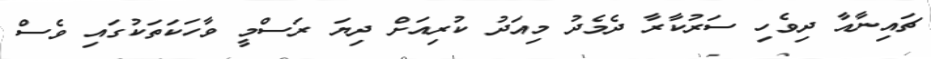
ޗައިނާއާ ދިވެހި ސަރުކާރާ ދެމެދު މިއަދު ކުރިއަށް ދިޔަ ރަސްމީ ވާހަކަތަކުގައި ވެސް